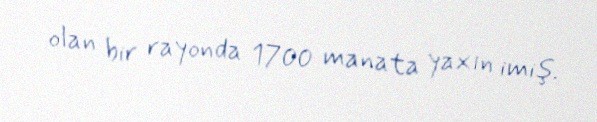
olan bir rayonda 1700 manata yaxın imiş.